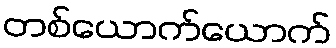
တစ်ယောက်ယောက်